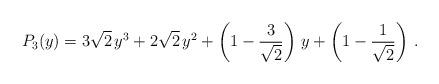
LaTeX: \begin{align*} P_3(y) = 3\sqrt2 \, y^3 + 2\sqrt2 \, y^2 + \left( 1 -\frac{3}{\sqrt2} \right) \, y +\left( 1-\frac{1}{\sqrt2} \right) \,. \end{align*}